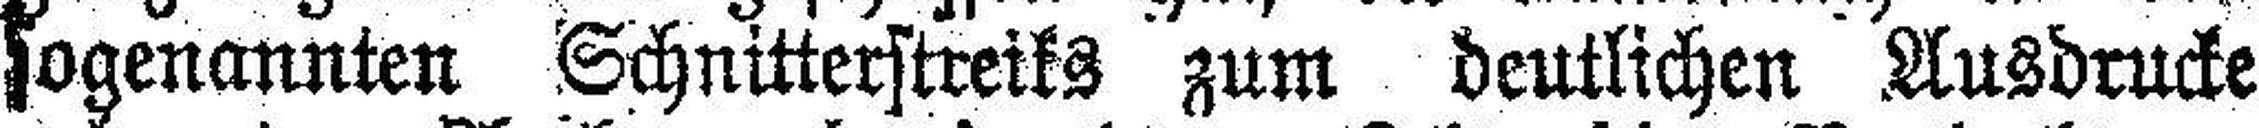
sogenannten Schnitterstreiks zum deutlichen Ausdrucke